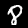
Digit: 8